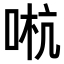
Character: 𠵉